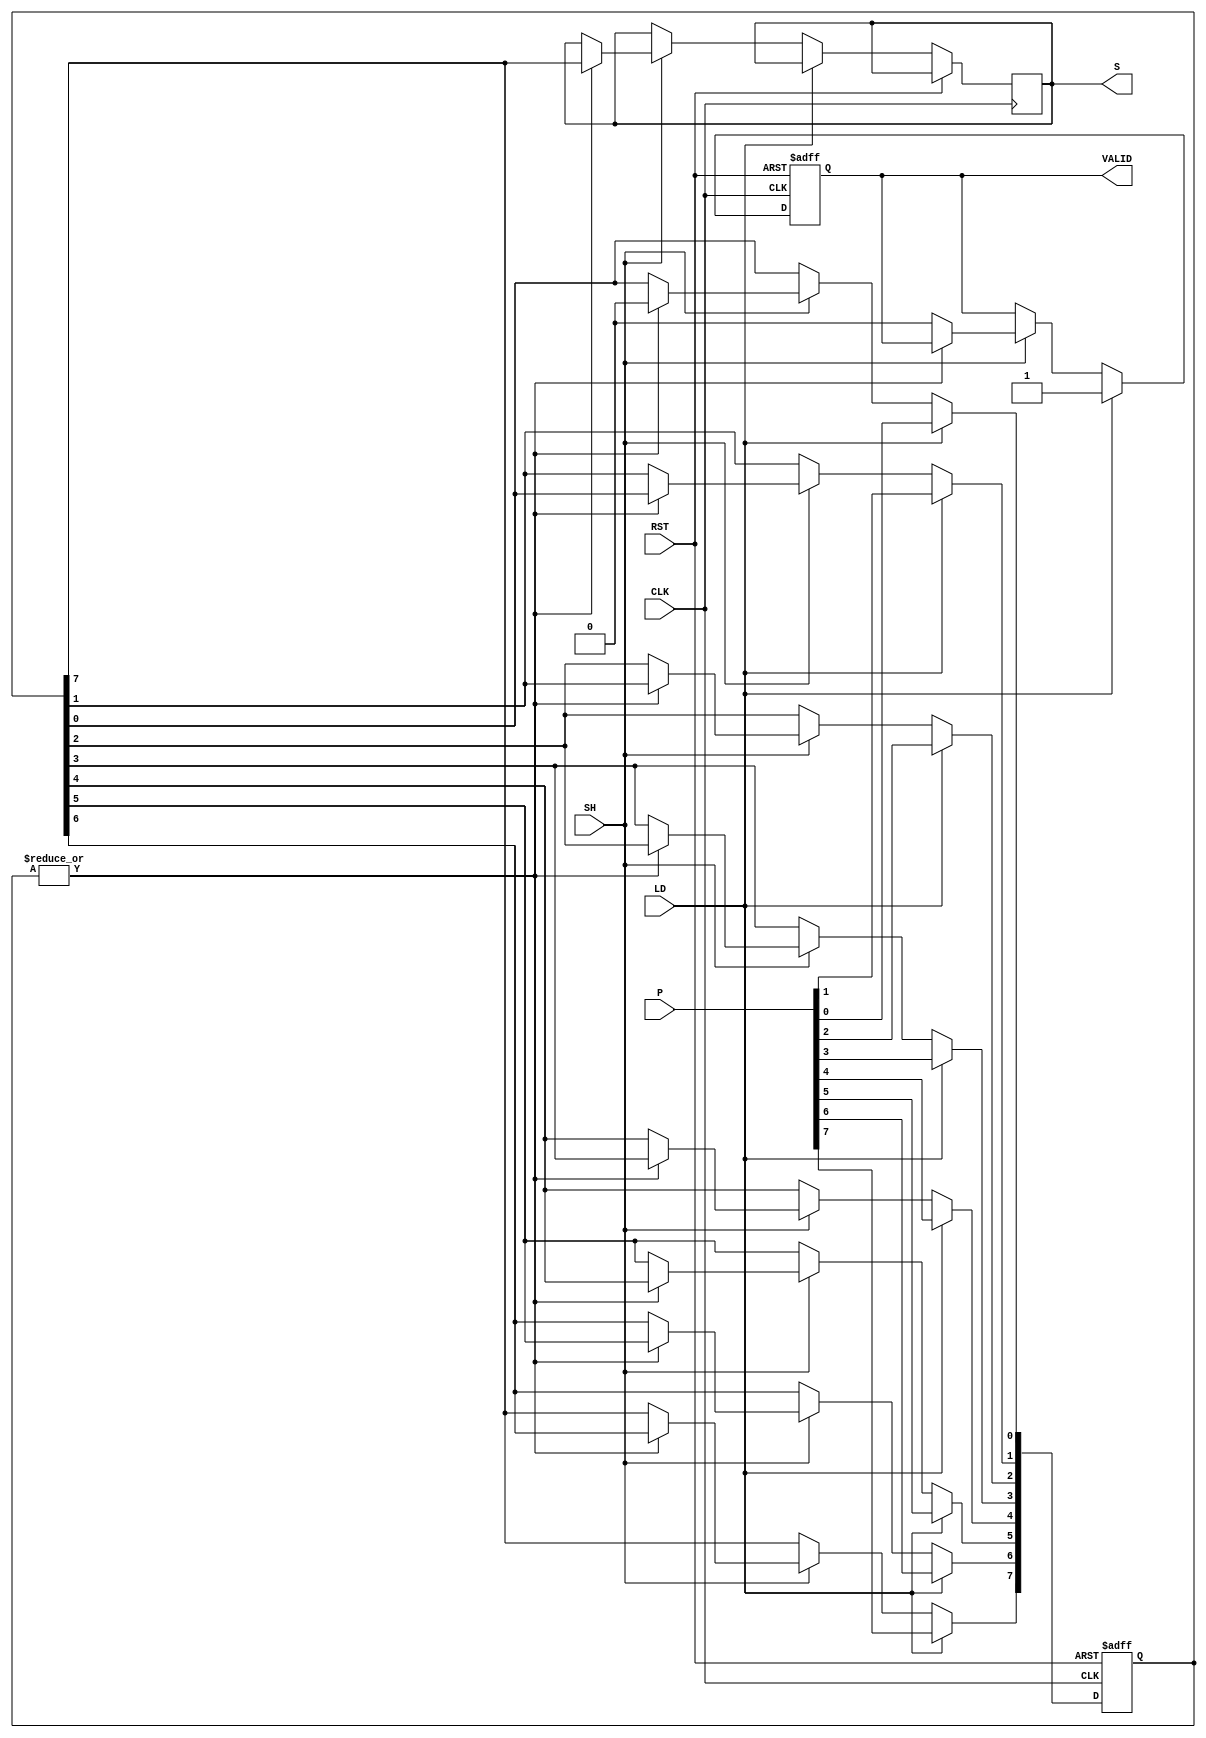
module Dynamic_PISO_Register #(
    parameter N = 8 // Width of the register
)(
    input wire [N-1:0] P,    // Parallel input
    input wire LD,            // Load control
    input wire SH,            // Shift control
    input wire CLK,           // Clock signal
    input wire RST,           // Asynchronous reset
    output reg S,             // Serial output
    output reg VALID          // Valid output signal
);
    // Storage for the register
    reg [N-1:0] reg_data;
    integer i;

    // Asynchronous reset and data loading
    always @(posedge CLK or posedge RST) begin
        if (RST) begin
            reg_data <= {N{1'b0}}; // Reset register to zero
            VALID <= 1'b0;         // Clear valid signal
        end else if (LD) begin
            reg_data <= P;         // Load parallel data into the register
            VALID <= 1'b1;         // Set valid signal
        end else if (SH) begin
            if (|reg_data) begin    // Check if there's any data to shift
                S <= reg_data[N-1]; // Output the most significant bit
                // Shift the register right
                for (i = N-1; i > 0; i = i - 1) begin
                    reg_data[i] <= reg_data[i-1];
                end
                reg_data[0] <= 1'b0; // Clear the least significant bit after shifting
            end else begin
                VALID <= 1'b0;       // Clear valid signal if no data left to shift
            end
        end
    end
endmodule